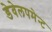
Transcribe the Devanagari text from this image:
डेवेलपमेन्ट